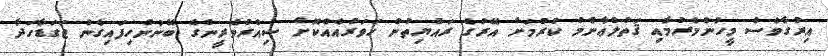
އިރުގާވެސް މީހުންމެރުމާއި ޤަތުލްޢާންމު ކުރުމަށް އޭރުގެ ރައްޔިތުން ހަވަރުއެއްކޮށް ސިއްރުވެރީންގެ ބޭނުންހިފައިގެން ޖަގަޑާހަދާ